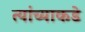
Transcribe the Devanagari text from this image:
त्यांंच्याकडे